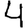
Digit: 4